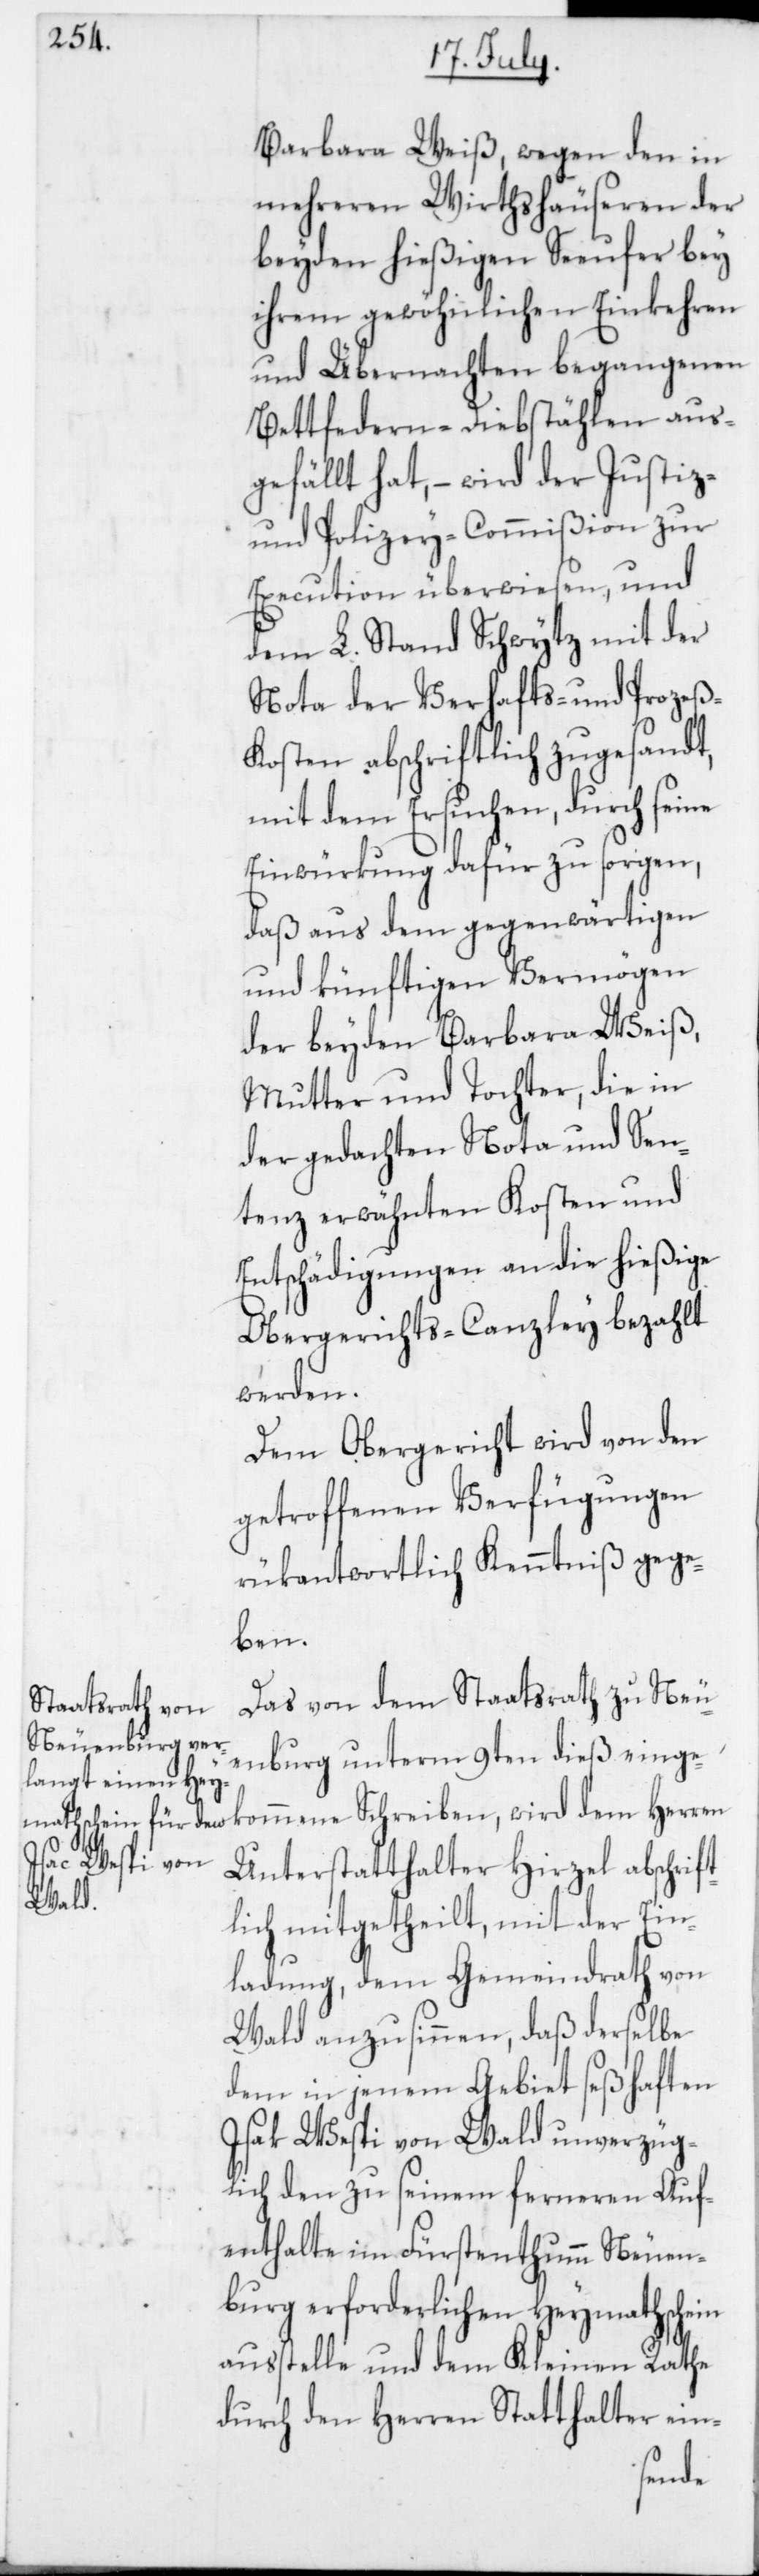
Barbara Weiß, wegen den in
mehreren Wirthshäuseren der
beyden hießigen Seeufer bey
ihrem gewöhnlichen Einkehren
und Übernachten begangenen
Bettfedern-Diebstählen aus¬
gefällt hat, – wird der Justiz-
und Polizey-Commißion zur
Execution überwiesen, und
dem L. Stand Schwytz mit der
Nota der Verhafts- und Prozeß-K¬
osten abschriftlich zugesandt,
mit dem Ersuchen, durch seine
Einwürkung dafür zu sorgen,
daß aus dem gegenwärtigen
und künftigen Vermögen
der beyden Barbara Weiß,
Mutter und Tochter, die in
der gedachten Nota und Sen¬
tenz erwähnten Kosten und
Entschädigungen an die hießige
Obergerichts-Canzley bezahlt
werden.
Dem Obergericht wird von den
getroffenen Verfügungen
rükantwortlich Kenntniß gege¬
ben.
Das von dem Staatsrath zu Neu¬
enburg unterm 9ten dieß einge¬
kommene Schreiben, wird dem Herren
Unterstatthalter Hirzel abschrift¬
lich mitgetheilt, mit der Ein¬
ladung, dem Gemeindrath von
Wald anzusinnen, daß derselbe
dem in jenem Gebiet seßhaften
Isak Wespi von Wald unverzüg¬
lich den zu seinem ferneren Auf¬
enthalte im Fürstenthumm Neuen¬
burg erforderlichen Heymathschein
ausstelle und dem Kleinen Rathe
durch den Herren Statthalter ein-